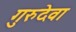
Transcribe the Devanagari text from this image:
गुरुदेवा